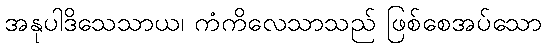
အနုပါဒိသေသာယ၊ ကံကိလေသာသည် ဖြစ်စေအပ်သော